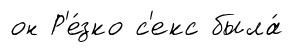
он Р'е́зко с'екс была́